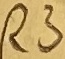
Text: R3